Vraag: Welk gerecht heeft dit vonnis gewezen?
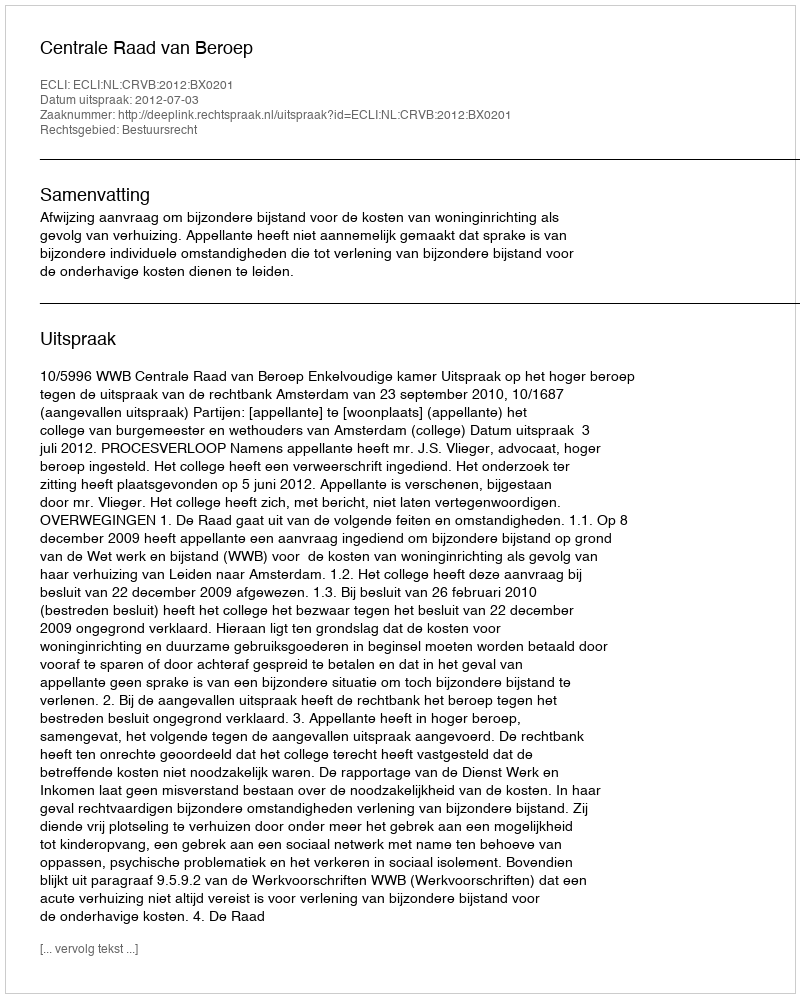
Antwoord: Centrale Raad van Beroep